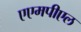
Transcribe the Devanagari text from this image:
एएमपीएल